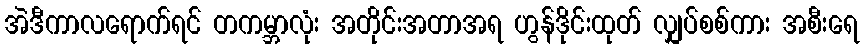
အဲဒီကာလရောက်ရင် တကမ္ဘာလုံး အတိုင်းအတာအရ ဟွန်ဒိုင်းထုတ် လျှပ်စစ်ကား အစီးရေ